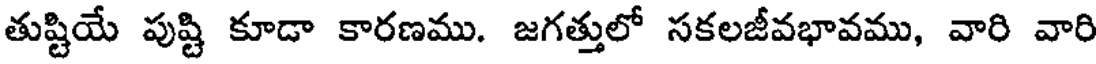
తుష్టియే పుష్టి కూడా కారణము. జగత్తులో సకలజీవభావము, వారి వారి